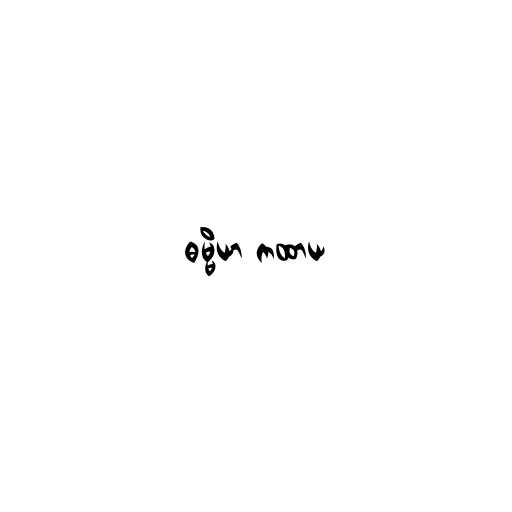
ဓမ္မိယာ ကထာယ